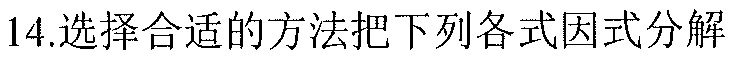
14.选择合适的方法把下列各式因式分解